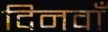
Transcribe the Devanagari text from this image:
दिनवाँ